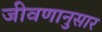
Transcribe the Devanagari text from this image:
जीवणानुसार